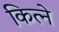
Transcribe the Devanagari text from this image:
कित्ने